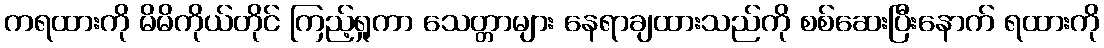
ကရထားကို မိမိကိုယ်တိုင် ကြည့်ရှုကာ သေတ္တာများ နေရာချထားသည်ကို စစ်ဆေးပြီးနောက် ရထားကို